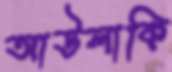
আউলাকি